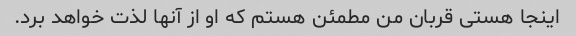
اینجا هستی قربان من مطمئن هستم که او از آنها لذت خواهد برد.